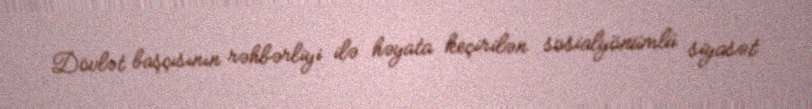
Dövlət başçısının rəhbərliyi ilə həyata keçirilən sosialyönümlü siyasət